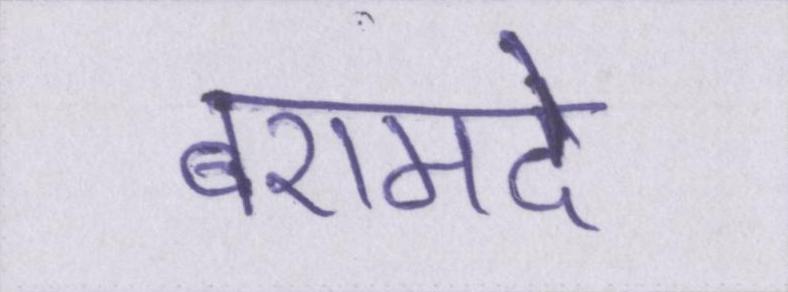
बरामदे